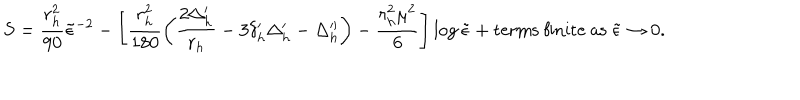
LaTeX: S = \frac { r _ { h } ^ { 2 } } { 9 0 } { \tilde { \epsilon } } ^ { - 2 } - \left[ \frac { r _ { h } ^ { 2 } } { 1 8 0 } \left( \frac { 2 \Delta _ { h } ^ { \prime } } { r _ { h } } - 3 \delta _ { h } ^ { \prime } \Delta _ { h } ^ { \prime } - \Delta _ { h } ^ { \prime \prime } \right) - \frac { r _ { h } ^ { 2 } \mu ^ { 2 } } { 6 } \right] \log { \tilde { \epsilon } } + { \mathrm { t e r m s ~ f i n i t e ~ a s ~ } } { \tilde { \epsilon } } \rightarrow 0 .